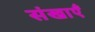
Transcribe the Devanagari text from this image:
संखाएँ